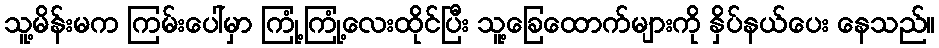
သူ့မိန်းမက ကြမ်းပေါ်မှာ ကြုံ့ကြုံ့လေးထိုင်ပြီး သူ့ခြေထောက်များကို နှိပ်နယ်ပေး နေသည်။